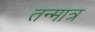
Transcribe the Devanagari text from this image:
तन्मात्र